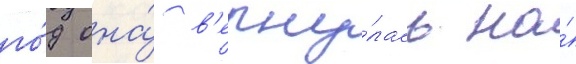
го́д она́ в'ерну́лась на́